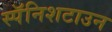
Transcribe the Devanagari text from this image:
स्पॅनिशटाउन